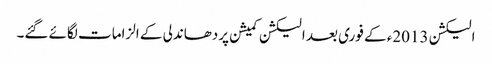
الیکشن 2013ء کے فوری بعد الیکشن کمیشن پردھاندلی کے الزامات لگائے گئے۔